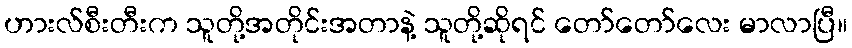
ဟားလ်စီးတီးက သူတို့အတိုင်းအတာနဲ့ သူတို့ဆိုရင် တော်တော်လေး မာလာပြီ။